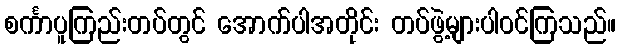
စင်္ကာပူကြည်းတပ်တွင် အောက်ပါအတိုင်း တပ်ဖွဲ့များပါဝင်ကြသည်။